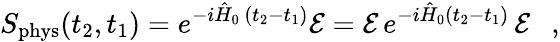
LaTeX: S_{\mathrm{phys}}(t_{2},t_{1})=e^{-i\hat{H}_{0}\, (t_{2}-t_{1})}{\cal E}={\cal E}\, e^{-i\hat{H}_{0}(t_{2}-t_{1})}\, {\cal E}\ \ \ ,